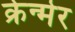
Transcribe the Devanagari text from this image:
क्रेन्मेर